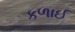
કળાઈ